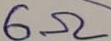
Text: 6Ω